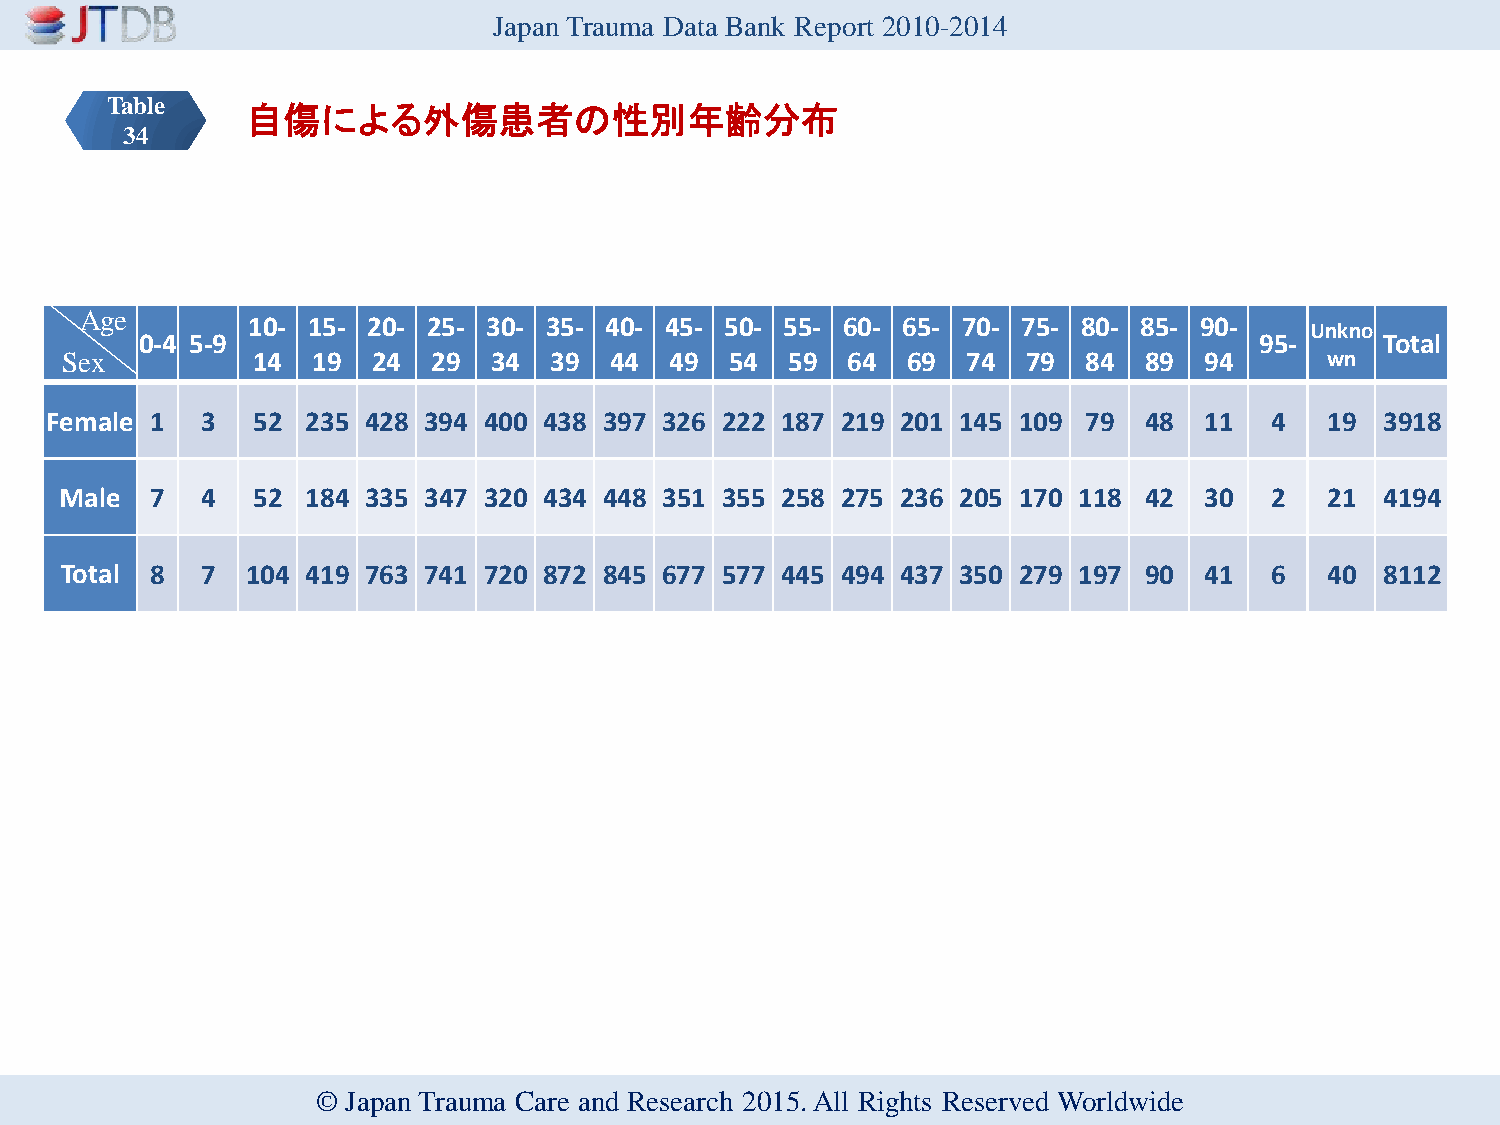
Japan Trauma Data Bank Report 2010-2014
 Table
 自傷による外傷患者の性別年齢分布
 34
 Age
 10- 15- 20- 25- 30- 35- 40- 45- 50- 55- 60- 65- 70- 75- 80- 85- 90-
 Unkno
 0-4 5-9                                                                   95-      Total
 Sex          14  19  24  29 34  39  44  49  54  59  64  69  74  79  84  89  94      wn
 Female 1  3   52 235 428 394 400 438 397 326 222 187 219 201 145 109 79  48  11  4   19  3918
 Male  7  4   52 184 335 347 320 434 448 351 355 258 275 236 205 170 118 42  30  2   21  4194
 Total 8  7  104 419 763 741 720 872 845 677 577 445 494 437 350 279 197 90  41  6   40  8112
 © Japan Trauma Care and Research 2015. All Rights Reserved Worldwide